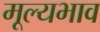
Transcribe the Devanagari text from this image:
मूल्यभाव